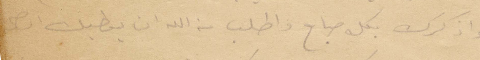
واذكرك بكل صباح واطلب من الله ان يعطيك الصحة